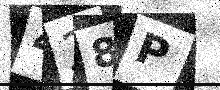
Text: 428P